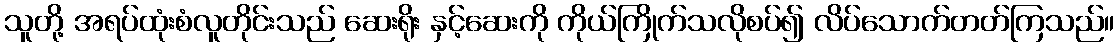
သူတို့ အရပ်ထုံးစံလူတိုင်းသည် ဆေးရိုး နှင့်ဆေးကို ကိုယ်ကြိုက်သလိုစပ်၍ လိပ်သောက်တတ်ကြသည်။